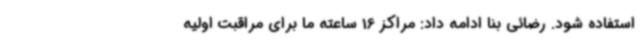
استفاده شود. رضائی بنا ادامه داد: مراکز 16 ساعته ما برای مراقبت اولیه